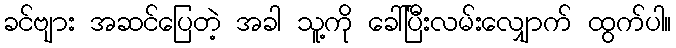
ခင်ဗျား အဆင်ပြေတဲ့ အခါ သူ့ကို ခေါ်ပြီးလမ်းလျှောက် ထွက်ပါ။